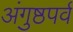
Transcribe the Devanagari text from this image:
अंगुष्ठपर्व